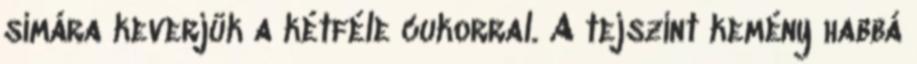
simára keverjük a kétféle cukorral. A tejszínt kemény habbá